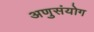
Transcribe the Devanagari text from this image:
अणुसंयोग